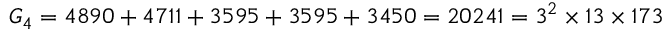
G _ { 4 } = 4 8 9 0 + 4 7 1 1 + 3 5 9 5 + 3 5 9 5 + 3 4 5 0 = 2 0 2 4 1 = 3 ^ { 2 } \times 1 3 \times 1 7 3